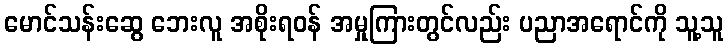
မောင်သန်းဆွေ ဘေးလူ အစိုးရဝန် အမှုကြားတွင်လည်း ပညာအရောင်ကို သူ့သူ